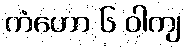
ကံဟော ၆ ဝါကျ